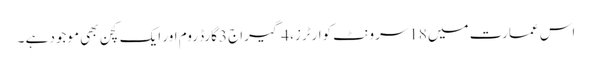
اس عمارت میں 18سرونٹ کوارٹرز، 4گیراج 3گارڈ روم اور ایک کچن بھی موجود ہے ۔